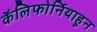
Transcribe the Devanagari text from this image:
कॅलिफोर्नियाहून